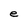
Character: e